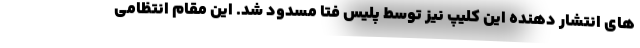
های انتشار دهنده این کلیپ نیز توسط پلیس فتا مسدود شد. این مقام انتظامی